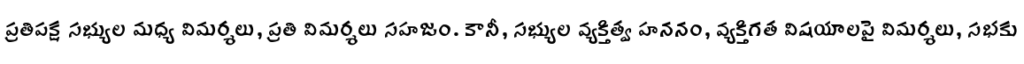
ప్రతిపక్ష సభ్యుల మధ్య విమర్శలు, ప్రతి విమర్శలు సహజం. కానీ, సభ్యుల వ్యక్తిత్వ హననం, వ్యక్తిగత విషయాలపై విమర్శలు, సభకు